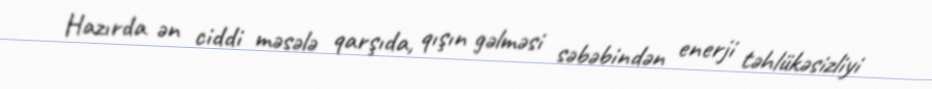
Hazırda ən ciddi məsələ qarşıda, qışın gəlməsi səbəbindən enerji təhlükəsizliyi